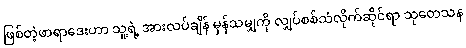
ဖြစ်တဲ့ဖာရာဒေးဟာ သူ့ရဲ့ အားလပ်ချိန် မှန်သမျှကို လျှပ်စစ်သံလိုက်ဆိုင်ရာ သုတေသန